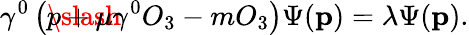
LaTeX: \gamma^{0}\left(\rlap\slash p+\mu\gamma^{0}O_{3}-mO_{3}\right)\Psi(\mathbf{p})=\lambda\Psi(\mathbf{p}).